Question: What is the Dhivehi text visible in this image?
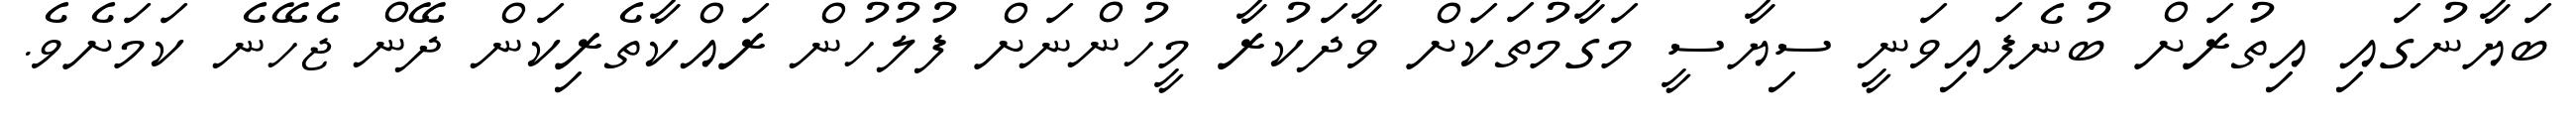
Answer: ބަޔާނުގައި އިތުރަށް ބުނެފައިވަނީ ސިޔާސީ މަގާމުތަކަށް ވާދަކުރާ މީހުންނަށް ފުލުހުން ރައްކާތެރިކަން ދޭން ޖެހޭނެ ކަމަށެވެ.